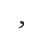
Letter: _waw